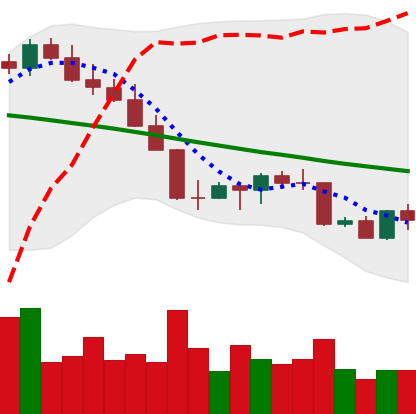
Ticker: LINK-USD
Chart end date: 2022-08-30
Forward return: 8.98%
Label: up_7plus